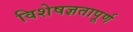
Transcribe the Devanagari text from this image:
विशेषज्ञतापूर्ण